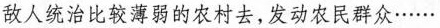
敌人统治比较薄弱的农村去，发动农民群众……